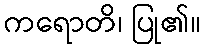
ကရောတိ၊ ပြု၏။